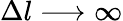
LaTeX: \Delta l\longrightarrow\infty